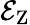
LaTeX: \mathcal{E}_{\mathrm{Z}}